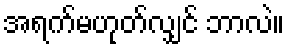
အရက်မဟုတ်လျှင် ဘာလဲ။